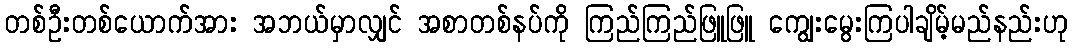
တစ်ဦးတစ်ယောက်အား အဘယ်မှာလျှင် အစာတစ်နပ်ကို ကြည်ကြည်ဖြူဖြူ ကျွေးမွေးကြပါချိမ့်မည်နည်းဟု